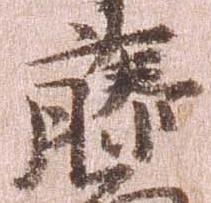
藤